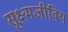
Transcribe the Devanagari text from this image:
सूक्ष्मजीविय